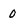
Character: 0